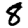
Digit: 8